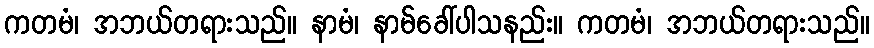
ကတမံ၊ အဘယ်တရားသည်။ နာမံ၊ နာမ်ခေါ်ပါသနည်း။ ကတမံ၊ အဘယ်တရားသည်။